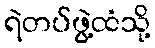
ရဲတပ်ဖွဲ့ထံသို့